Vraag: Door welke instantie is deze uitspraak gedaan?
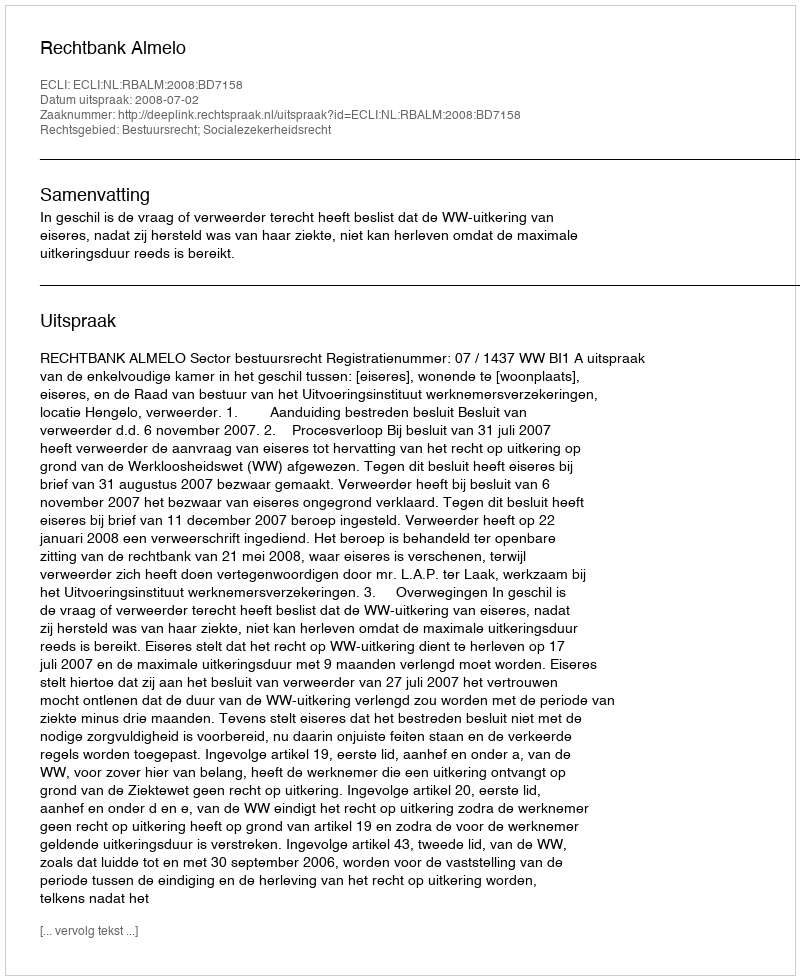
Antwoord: Rechtbank Almelo